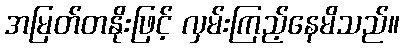
အမြတ်တနိုးဖြင့် လှမ်းကြည့်နေမိသည်။